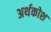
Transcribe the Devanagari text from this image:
अर्थकोश